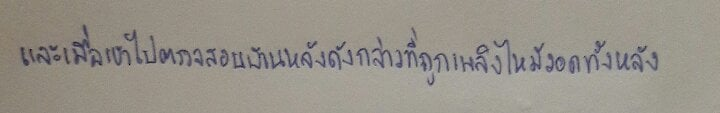
และเมื่อเข้าไปตรวจสอบบ้านหลังดังกล่าวที่ถูกเพลิงไหม้วอดทั้งหลัง